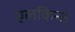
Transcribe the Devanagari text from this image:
एलकिन्स